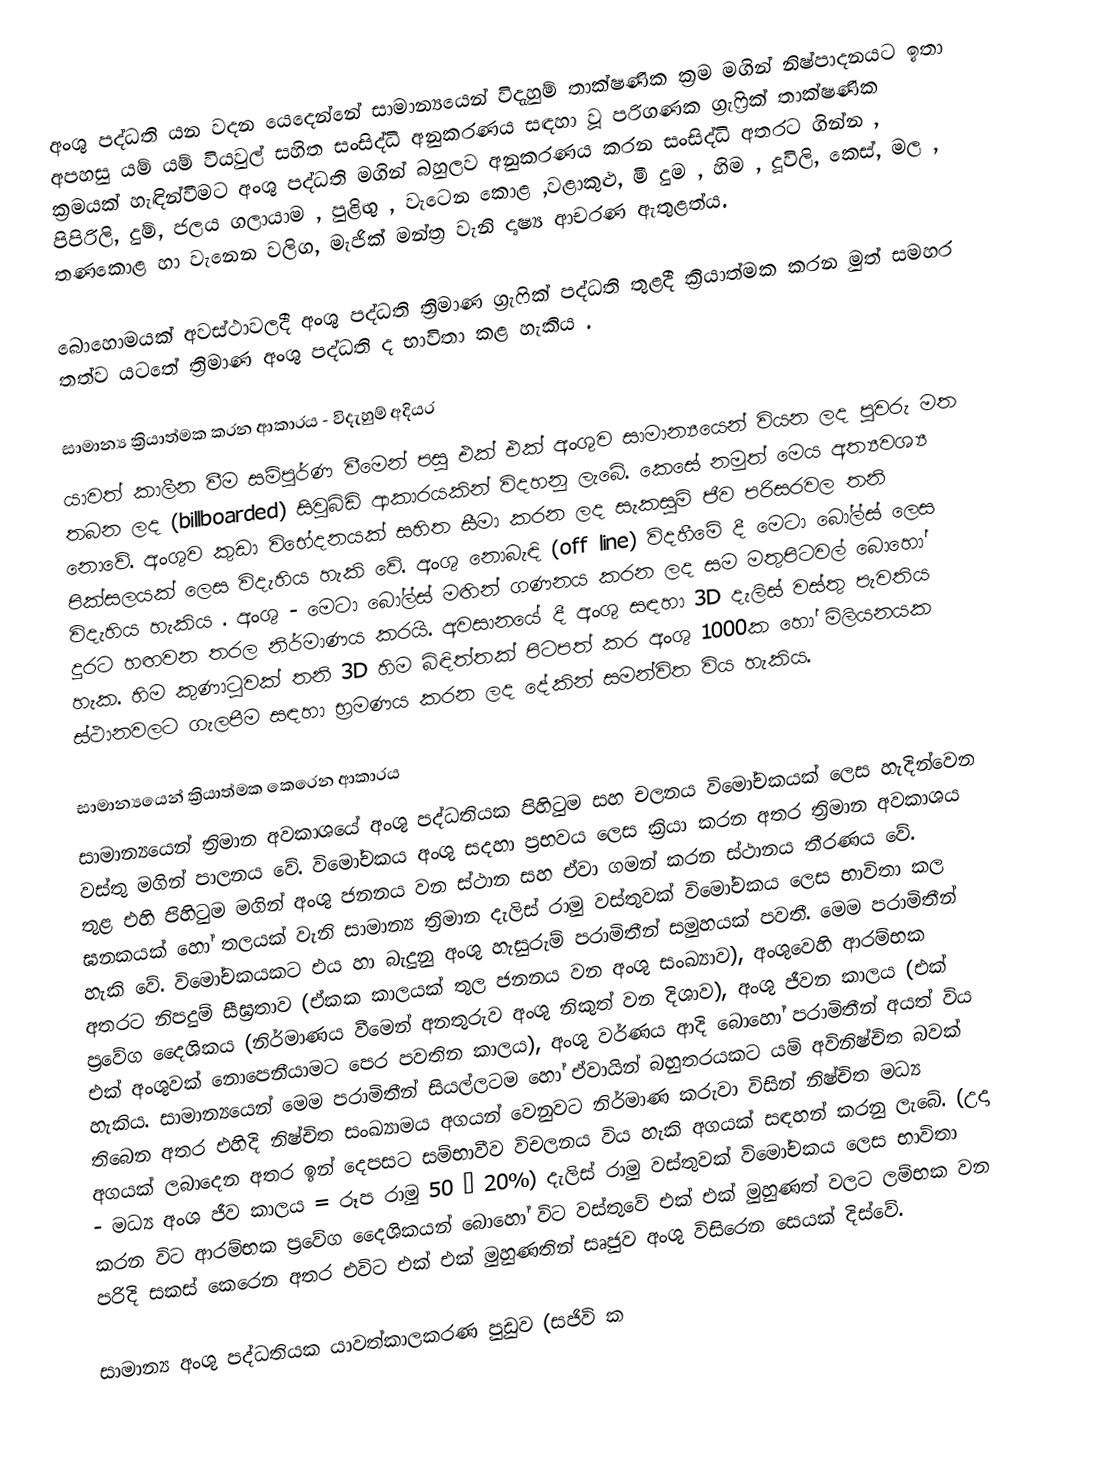
අංශු පද්ධති යන වදන යෙදෙන්නේ සාමාන්‍යයෙන් විදැහුම් තාක්ෂණික ක්‍රම මගින් නිෂ්පාදනයට ඉතා අපහසු යම් යම් වියවුල් සහිත සංසිද්ධි අනුකරණය සඳහා වූ පරිගණක ග්‍රැෆ්‍රික් තාක්ෂණික ක්‍රමයක් හැඳින්වීමට අංශු පද්ධති මගින් බහුලව අනුකරණය කරන සංසිද්ධි අතරට ගින්න , පිපිරිලි, දුම්, ජලය ගලායාම , පුළිඟු , වැටෙන කොළ ,වළාකුළු, මී දුම , හිම , දූවිලි, කෙස්, මල , තණකොළ හා වැනෙන වලිග, මැජික් මන්ත්‍ර වැනි දෘෂ්‍ය  ආචරණ ඇතුළත්ය.

බොහොමයක් අවස්ථාවලදී අංශු පද්ධති ත්‍රිමාණ ග්‍රැෆික් පද්ධති තුළදී ක්‍රියාත්මක කරන මුත් සමහර තත්ව යටතේ ත්‍රිමාණ අංශු පද්ධති ද භාවිතා කළ හැකිය .

සාමාන්‍ය ක්‍රියාත්මක කරන ආකාරය - විදැහුම් අදියර
යාවත් කාලීන වීම සම්පුර්ණ වීමෙන් පසු එක් එක් අංශුව සාමාන්‍යයෙන් වියන ලද පුවරු මත තබන ලද (billboarded) සිවුබිඩි ආකාරයකින් විදහනු ලැබේ. කෙසේ නමුත් මෙය අත්‍යවශ්‍ය නොවේ. අංශුව කුඩා විභේදනයක් සහිත සීමා කරන ලද සැකසුම් ජීව පරිසරවල තනි පික්සලයක් ලෙස විදැහිය හැකි වේ. අංශු නොබැඳි (off line) විදහීමේ දී මෙටා බෝල්ස් ලෙස විදැහිය හැකිය . අංශු - මෙටා බෝල්ස් මඟින් ගණනය කරන ලද සම මතුපිටවල් බොහෝ දුරට හඟවන තරල නිර්මාණය කරයි. අවසානයේ දී අංශු සඳහා 3D දැලිස් වස්තු පැවතිය හැක. හිම කුණාටුවක් තනි 3D හිම බිඳිත්තක් පිටපත් කර අංශු 1000ක හෝ මිලියනයක ස්ථානවලට ගැලපීම සඳහා භ්‍රමණය කරන ලද දේකින් සමන්විත විය හැකිය.

සාමාන්‍යයෙන් ක්‍රියාත්මක කෙරෙන ආකාරය
සාමාන්‍යයෙන් ත්‍රිමාන අවකාශයේ අංශු පද්ධතියක පිහිටුම සහ චලනය විමෝචකයක් ලෙස හැදින්වෙන වස්තු මගින් පාලනය වේ. විමෝචකය  අංශු සදහා ප්‍රභවය ලෙස ක්‍රියා කරන අතර ත්‍රිමාන අවකාශය තුළ එහි පිහිටුම මගින් අංශු ජනනය වන ස්ථාන සහ ඒවා ගමන් කරන ස්ථානය තීරණය වේ. ඝනකයක් හෝ තලයක් වැනි සාමාන්‍ය ත්‍රිමාන දැලිස් රාමු වස්තුවක් විමෝචකය ලෙස භාවිතා කල හැකි වේ. විමෝචකයකට එය හා බැදුනු අංශු හැසුරුම් පරාමිතීන් සමුහයක් පවතී. මෙම පරාමිතීන් අතරට නිපදුම් සීඝ්‍රතාව (ඒකක කාලයක් තුල ජනනය වන අංශු සංඛ්‍යාව), අංශුවෙහි ආරම්භක ප්‍රවේග දෛශිකය (නිර්මාණය වීමෙන් අනතුරුව අංශු නිකුත් වන දිශාව), අංශු ජීවන කාලය (එක් එක් අංශුවක් නොපෙනීයාමට පෙර පවතින කාලය), අංශු වර්ණය ආදි බොහෝ පරාමිතීන් අයත් විය හැකිය. සාමාන්‍යයෙන් මෙම පරාමිතීන් සියල්ලටම  හෝ ඒවායින් බහුතරයකට යම් අවිනිෂ්චිත බවක් තිබෙන අතර එහිදි නිෂ්චිත සංඛ්‍යාමය අගයන් වෙනුවට නිර්මාණ කරුවා විසින් නිෂ්චිත මධ්‍ය අගයක් ලබාදෙන අතර ඉන් දෙපසට සම්භාවීව විචලනය විය හැකි  අගයක් සඳහන් කරනු ලැබේ. (උදා - මධ්‍ය අංශ ජීව කාලය = රූප රාමු 50 ± 20%) දැලිස් රාමු වස්තුවක් විමෝචකය ලෙස භාවිතා කරන විට ආරම්භක ප්‍රවේග දෛශිකයන් බොහෝ විට වස්තුවේ එක් එක් මුහුණත් වලට ලම්භක වන පරිදි සකස් කෙරෙන අතර එවිට එක් එක් මුහුණතින් සෘජුව අංශු විසිරෙන සෙයක් දිස්වේ.

සාමාන්‍ය අංශු පද්ධතියක යාවත්කාලකරණ පුඩුව (සජිවි ක